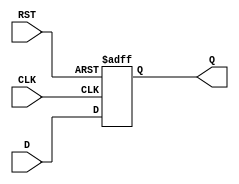
module IntermediateRegister #(parameter WIDTH = 8) (
    input wire [WIDTH-1:0] D,    // Data Input
    input wire CLK,               // Clock Input
    input wire RST,               // Asynchronous Reset
    output reg [WIDTH-1:0] Q      // Data Output
);

    // Asynchronous Reset and Synchronous Capture
    always @(posedge CLK or posedge RST) begin
        if (RST) begin
            Q <= {WIDTH{1'b0}};     // Reset Q to 0 (or a defined value)
        end else begin
            Q <= D;                 // Capture input D on clock edge
        end
    end

endmodule